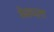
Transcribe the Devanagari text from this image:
मेवथला